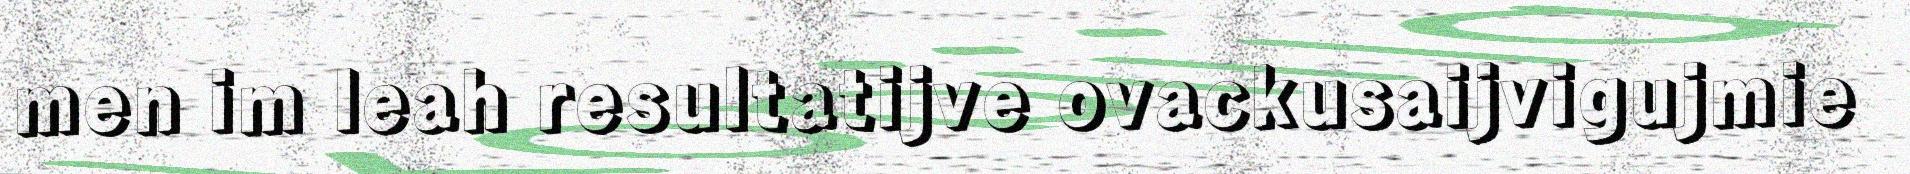
men im leah resultatijve ovackusaijvigujmie